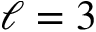
\ell = 3